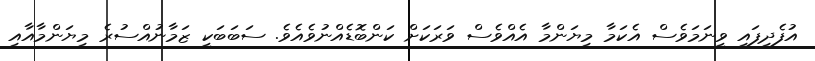
އުފެދިފައި ވީނަމަވެސް އެކަމާ މިޔަންމާ އެއްވެސް ވަރަކަށް ކަންބޮޑެއްނުވެއެވެ. ސަބަބަކީ ޒަމާނުއްސުރެ މިޔަންމާއާއި